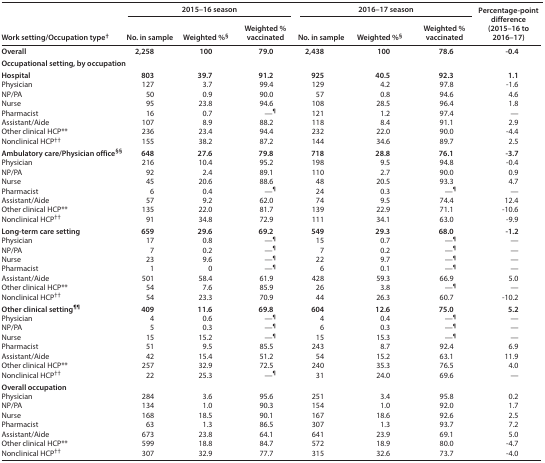
<table><thead><tr><td rowspan="2"><b>Work setting/Occupation type<sup>†</sup></b></td><td colspan="3"><b>2015–16 season</b></td><td colspan="3"><b>2016–17 season</b></td><td rowspan="2"><b>Percentage-point difference (2015–16 to 2016–17)</b></td></tr><tr><td><b>No. in sample</b></td><td><b>Weighted %<sup>§</sup></b></td><td><b>Weighted % vaccinated</b></td><td><b>No. in sample</b></td><td><b>Weighted %<sup>§</sup></b></td><td><b>Weighted % vaccinated</b></td></tr></thead><tbody><tr><td><b>Overall</b></td><td><b>2,258</b></td><td><b>100</b></td><td><b>79.0</b></td><td><b>2,438</b></td><td><b>100</b></td><td><b>78.6</b></td><td><b>-0.4</b></td></tr><tr><td colspan="8"><b>Occupational setting, by occupation</b></td></tr><tr><td><b>Hospital</b></td><td><b>803</b></td><td><b>39.7</b></td><td><b>91.2</b></td><td><b>925</b></td><td><b>40.5</b></td><td><b>92.3</b></td><td><b>1.1</b></td></tr><tr><td>Physician</td><td>127</td><td>3.7</td><td>99.4</td><td>129</td><td>4.2</td><td>97.8</td><td>−1.6</td></tr><tr><td>NP/PA</td><td>50</td><td>0.9</td><td>90.0</td><td>57</td><td>0.8</td><td>94.6</td><td>4.6</td></tr><tr><td>Nurse</td><td>95</td><td>23.8</td><td>94.6</td><td>108</td><td>28.5</td><td>96.4</td><td>1.8</td></tr><tr><td>Pharmacist</td><td>16</td><td>0.7</td><td>—<sup>¶</sup></td><td>121</td><td>1.2</td><td>97.4</td><td>—</td></tr><tr><td>Assistant/Aide</td><td>107</td><td>8.9</td><td>88.2</td><td>118</td><td>8.4</td><td>91.1</td><td>2.9</td></tr><tr><td>Other clinical HCP**</td><td>236</td><td>23.4</td><td>94.4</td><td>232</td><td>22.0</td><td>90.0</td><td>−4.4</td></tr><tr><td>Nonclinical HCP<sup>††</sup></td><td>155</td><td>38.2</td><td>87.2</td><td>144</td><td>34.6</td><td>89.7</td><td>2.5</td></tr><tr><td><b>Ambulatory care/Physician office</b><sup>§§</sup></td><td><b>648</b></td><td><b>27.6</b></td><td><b>79.8</b></td><td><b>718</b></td><td><b>28.8</b></td><td><b>76.1</b></td><td><b>-3.7</b></td></tr><tr><td>Physician</td><td>216</td><td>10.4</td><td>95.2</td><td>198</td><td>9.5</td><td>94.8</td><td>−0.4</td></tr><tr><td>NP/PA</td><td>92</td><td>2.4</td><td>89.1</td><td>110</td><td>2.7</td><td>90.0</td><td>0.9</td></tr><tr><td>Nurse</td><td>45</td><td>20.6</td><td>88.6</td><td>48</td><td>20.5</td><td>93.3</td><td>4.7</td></tr><tr><td>Pharmacist</td><td>6</td><td>0.4</td><td>—<sup>¶</sup></td><td>24</td><td>0.3</td><td>—<sup>¶</sup></td><td>—</td></tr><tr><td>Assistant/Aide</td><td>57</td><td>9.2</td><td>62.0</td><td>74</td><td>9.5</td><td>74.4</td><td>12.4</td></tr><tr><td>Other clinical HCP**</td><td>135</td><td>22.0</td><td>81.7</td><td>139</td><td>22.9</td><td>71.1</td><td>−10.6</td></tr><tr><td>Nonclinical HCP<sup>††</sup></td><td>91</td><td>34.8</td><td>72.9</td><td>111</td><td>34.1</td><td>63.0</td><td>−9.9</td></tr><tr><td><b>Long-term care setting</b></td><td><b>659</b></td><td><b>29.6</b></td><td><b>69.2</b></td><td><b>549</b></td><td><b>29.3</b></td><td><b>68.0</b></td><td><b>-1.2</b></td></tr><tr><td>Physician</td><td>17</td><td>0.8</td><td>—<sup>¶</sup></td><td>15</td><td>0.7</td><td>—<sup>¶</sup></td><td>—</td></tr><tr><td>NP/PA</td><td>7</td><td>0.2</td><td>—<sup>¶</sup></td><td>7</td><td>0.2</td><td>—<sup>¶</sup></td><td>—</td></tr><tr><td>Nurse</td><td>23</td><td>9.6</td><td>—<sup>¶</sup></td><td>22</td><td>9.7</td><td>—<sup>¶</sup></td><td>—</td></tr><tr><td>Pharmacist</td><td>1</td><td>0</td><td>—<sup>¶</sup></td><td>6</td><td>0.1</td><td>—<sup>¶</sup></td><td>—</td></tr><tr><td>Assistant/Aide</td><td>501</td><td>58.4</td><td>61.9</td><td>428</td><td>59.3</td><td>66.9</td><td>5.0</td></tr><tr><td>Other clinical HCP**</td><td>54</td><td>7.6</td><td>85.9</td><td>26</td><td>3.8</td><td>—<sup>¶</sup></td><td>—</td></tr><tr><td>Nonclinical HCP<sup>††</sup></td><td>54</td><td>23.3</td><td>70.9</td><td>44</td><td>26.3</td><td>60.7</td><td>−10.2</td></tr><tr><td><b>Other clinical setting</b><sup>¶¶</sup></td><td><b>409</b></td><td><b>11.6</b></td><td><b>69.8</b></td><td><b>604</b></td><td><b>12.6</b></td><td><b>75.0</b></td><td><b>5.2</b></td></tr><tr><td>Physician</td><td>4</td><td>0.6</td><td>—<sup>¶</sup></td><td>4</td><td>0.4</td><td>—<sup>¶</sup></td><td>—</td></tr><tr><td>NP/PA</td><td>5</td><td>0.3</td><td>—<sup>¶</sup></td><td>6</td><td>0.3</td><td>—<sup>¶</sup></td><td>—</td></tr><tr><td>Nurse</td><td>15</td><td>15.2</td><td>—<sup>¶</sup></td><td>15</td><td>15.3</td><td>—<sup>¶</sup></td><td>—</td></tr><tr><td>Pharmacist</td><td>51</td><td>9.5</td><td>85.5</td><td>243</td><td>8.7</td><td>92.4</td><td>6.9</td></tr><tr><td>Assistant/Aide</td><td>42</td><td>15.4</td><td>51.2</td><td>54</td><td>15.2</td><td>63.1</td><td>11.9</td></tr><tr><td>Other clinical HCP**</td><td>257</td><td>32.9</td><td>72.5</td><td>240</td><td>35.3</td><td>76.5</td><td>4.0</td></tr><tr><td>Nonclinical HCP<sup>††</sup></td><td>22</td><td>25.3</td><td>—<sup>¶</sup></td><td>31</td><td>24.0</td><td>69.6</td><td>—</td></tr><tr><td colspan="8"><b>Overall occupation</b></td></tr><tr><td>Physician</td><td>284</td><td>3.6</td><td>95.6</td><td>251</td><td>3.4</td><td>95.8</td><td>0.2</td></tr><tr><td>NP/PA</td><td>134</td><td>1.0</td><td>90.3</td><td>154</td><td>1.0</td><td>92.0</td><td>1.7</td></tr><tr><td>Nurse</td><td>168</td><td>18.5</td><td>90.1</td><td>167</td><td>18.6</td><td>92.6</td><td>2.5</td></tr><tr><td>Pharmacist</td><td>63</td><td>1.3</td><td>86.5</td><td>307</td><td>1.3</td><td>93.7</td><td>7.2</td></tr><tr><td>Assistant/Aide</td><td>673</td><td>23.8</td><td>64.1</td><td>641</td><td>23.9</td><td>69.1</td><td>5.0</td></tr><tr><td>Other clinical HCP**</td><td>599</td><td>18.8</td><td>84.7</td><td>572</td><td>18.9</td><td>80.0</td><td>−4.7</td></tr><tr><td>Nonclinical HCP<sup>††</sup></td><td>307</td><td>32.9</td><td>77.7</td><td>315</td><td>32.6</td><td>73.7</td><td>−4.0</td></tr></tbody></table>